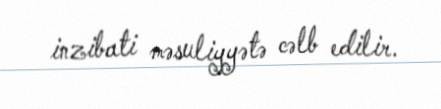
inzibati məsuliyyətə cəlb edilir.